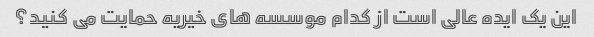
این یک ایده عالی است از کدام موسسه های خیریه حمایت می کنید؟